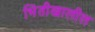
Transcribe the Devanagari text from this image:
भिंतीखालील